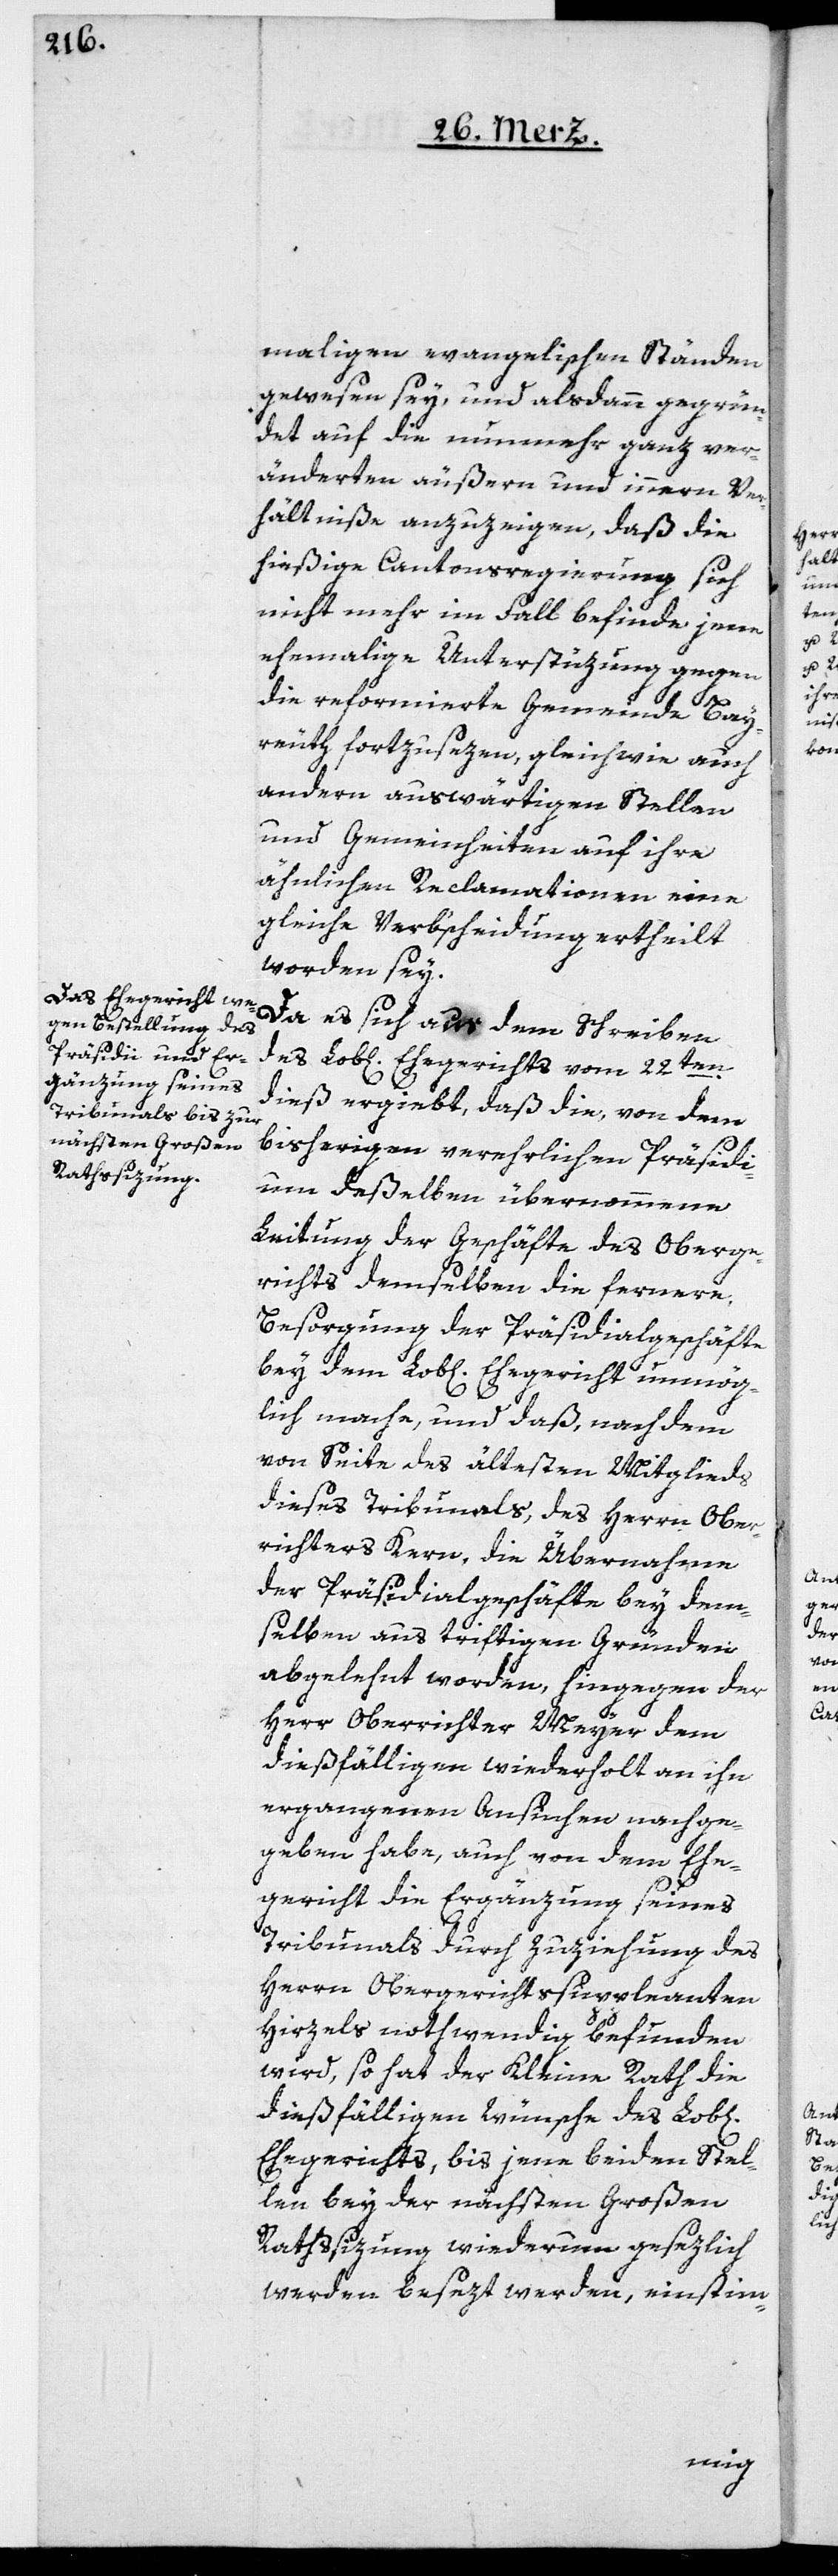
maligen evangelischen Ständen
gewesen sey, und alsdann gegrün¬
det auf die nunmehr ganz ver¬
änderten äußern und innern Ver¬
hältniße anzuzeigen, daß die
hießige Cantonsregierung sich
nicht mehr im Fall befinde, jene
ehemalige Unterstüzung gegen
die reformierte Gemeinde Bay¬
reuth fortzusezen, gleichwie auch
andern auswärtigen Stellen
und Gemeinheiten auf ihre
ähnlichen Reclamationen eine
gleiche Verbscheidung ertheilt
worden sey.
Da es sich aus dem Schreiben
des Lob[lichen] Ehegerichts vom 22ten
dieß ergiebt, daß die, von dem
bisherigen verehrlichen Präsidi¬
um deßelben übernommene
Leitung der Geschäfte des Oberge¬
richts demselben die fernere
Besorgung der Präsidialgeschäfte
bey dem Lob[lichen] Ehegericht unmög¬
lich mache, und daß, nach dem
von Seite des ältesten Mitglieds
dieses Tribunals, des Herrn Ober¬
richter Kern, die Übernahme
der Präsidialgeschäfte bey dem¬
selben aus triftigen Gründen
abgelehnt worden, hingegen der
Herr Oberrichter Meyer dem
dießfälligen wiederholt an ihn
ergangenen Ansuchen nachge¬
geben habe, auch von dem Ehe¬
gericht die Ergänzung seines
Tribunals durch Zuziehung des
Herrn Obergerichtssuppleanten
Hirzels nothwendig befunden
wird, so hat der Kleine Rath die
dießfälligen Wünsche des Lob[li¬
Ehegerichts, bis jene beiden Stel¬
len bey der nächsten Großen
Rathssizung wiederum gesezlich
werden besezt werden, einstim-
chen]